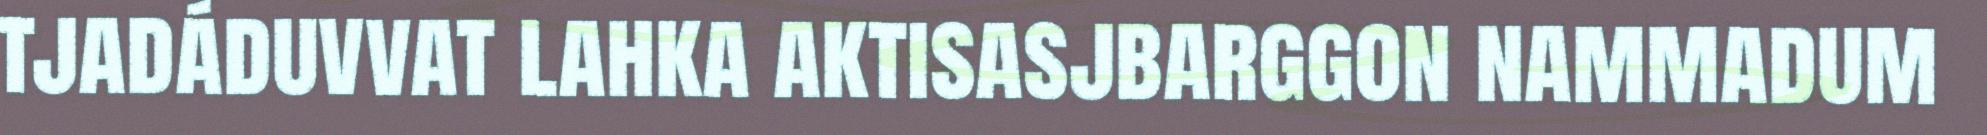
tjadáduvvat lahka aktisasjbarggon nammadum